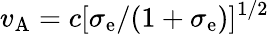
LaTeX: v_{\mathrm{A}}=c[\sigma_{\mathrm{e}}/(1+\sigma_{\mathrm{e}})]^{1/2}